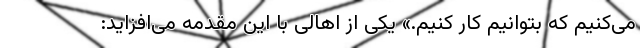
می‌کنیم که بتوانیم کار کنیم.» یکی از اهالی با این مقدمه می‌افزاید: